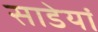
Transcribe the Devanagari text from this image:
साडेयां